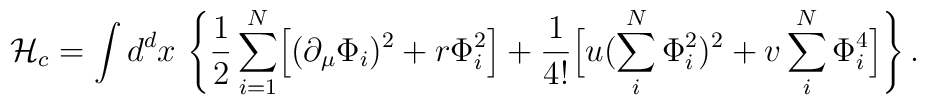
{\cal H}_{c} =  \int d^d x\, \left\{ {1\over 2} \sum_{i=1}^{N}      \Bigl[ (\partial_\mu \Phi_i)^2 +  r \Phi_i^2 \Bigr]  +{1\over 4!} \Bigl[ u (\sum_i^N \Phi_i^2)^2 + v \sum_i^N \Phi_i^4 \Bigr]\right \} .